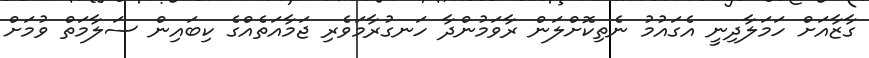
ގާޒާއަށް ހަމަލާދިނީ އެގައުމު ނެތިކޮށްލަން ރާވަމުންދާ ހަނގުރާމަވެރި ޖަމާއަތެއްގެ ކިބައިން ސަލާމަތް ވުމަށް